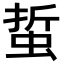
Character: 蜇